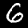
Label: 6